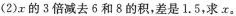
(2)r的3倍减去6和8的积，差是1.5，求x。